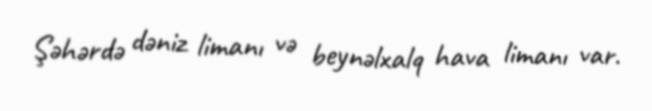
Şəhərdə dəniz limanı və beynəlxalq hava limanı var.